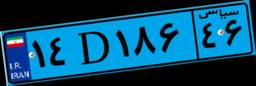
۳۱D۶۸۷۲۱